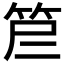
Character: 𰩷